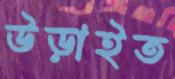
উড়াইত